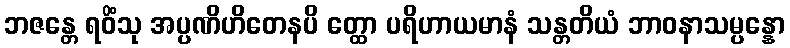
ဘဇန္တေ ရဝိံသု အပ္ပဏိဟိတေနပိ တ္ထော ပရိဟာယမာနံ သန္တတိယံ ဘာဝနာသမ္ပန္နော